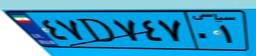
۲۰D۷۳۰۳۲